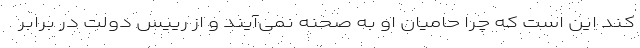
کند این است که چرا حامیان او به صحنه نمی‌آیند و از رییس دولت در برابر